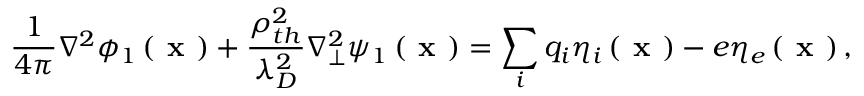
\frac { 1 } { 4 \pi } \nabla ^ { 2 } \phi _ { 1 } \left( \textbf { x } \right) + \frac { \rho _ { t h } ^ { 2 } } { \lambda _ { D } ^ { 2 } } \nabla _ { \perp } ^ { 2 } \psi _ { 1 } \left( \textbf { x } \right) = \sum _ { i } q _ { i } \eta _ { i } \left( \textbf { x } \right) - e \eta _ { e } \left( \textbf { x } \right) ,